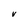
Character: V